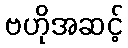
ဗဟိုအဆင့်